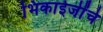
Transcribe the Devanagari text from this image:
भिकाईजींचे